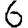
Digit: 6